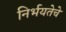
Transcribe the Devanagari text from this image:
निर्भयतेचे